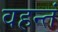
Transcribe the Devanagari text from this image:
वहन्तं